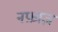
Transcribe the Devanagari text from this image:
नफ़ाज़